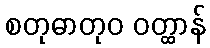
စတုဓာတုဝ ဝတ္ထာန်